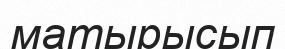
матырысып